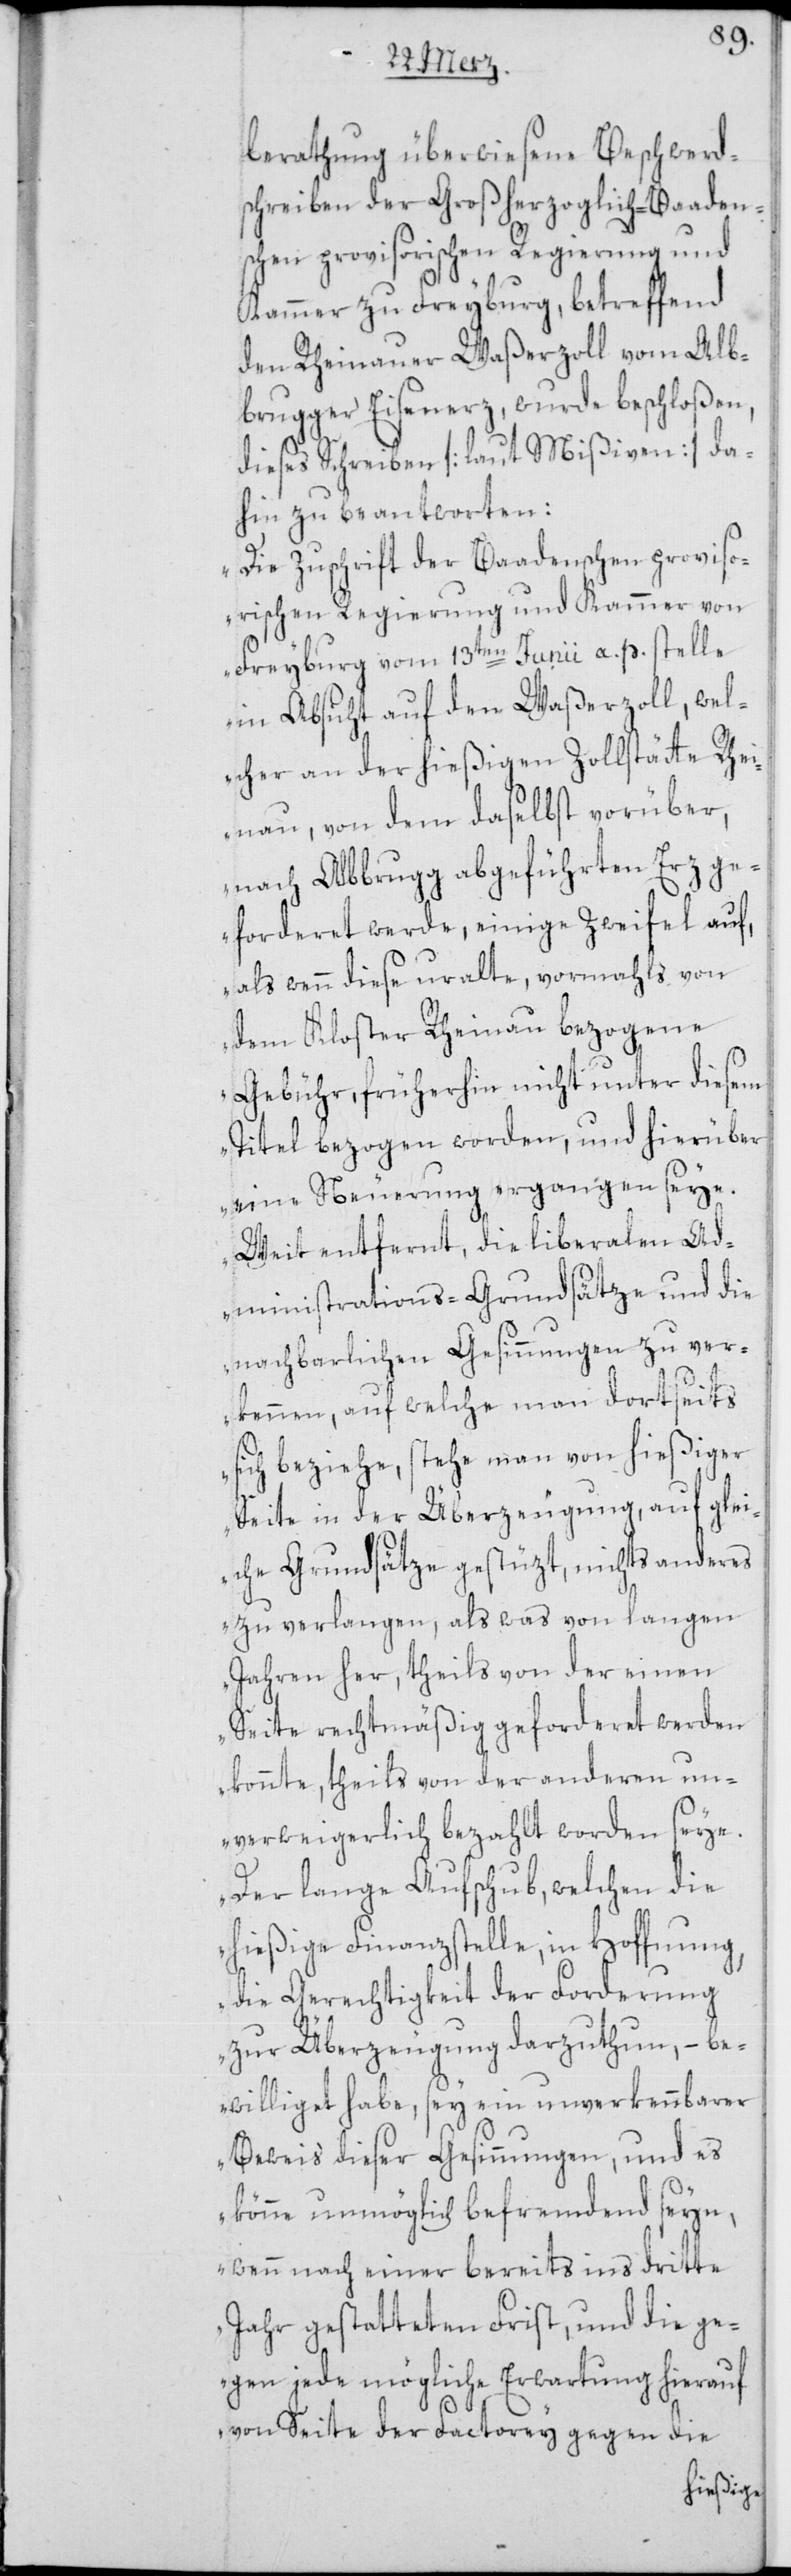
berathung überwiesene Beschwerd¬
schreiben der Großherzoglich-Baaden¬
schen provisorischen Regierung und
Kammer zu Freyburg, betreffend
den Rheinauer Waßerzoll vom Alb¬
brugger Eisenerz, wurde beschloßen,
dieses Schreiben [laut Mißiven] da¬
hin zu beantworten:
„Die Zuschrift der Baadenschen proviso¬
rischen Regierung und Kammer von
Freyburg vom 13ten Junii a. p. stelle
in Absicht auf den Waßerzoll, wel¬
cher an der hießigen Zollstätte Rhei¬
nau, von dem daselbst vorüber,
nach Albbrugg abgeführten Erz ge¬
forderet werde, einige Zweifel auf,
als wenn diese uralte, vormahls von
dem Kloster Rheinau bezogene
Gebühr, früherhin nicht unter diesem
Titel bezogen worden, und hierüber
eine Neuerung ergangen seye.
Weit entfernt, die liberalen Ad¬
ministrations-Grundsätze und die
nachbarlichen Gesinnungen zu ver¬
kennen, auf welche man dortseits
sich beziehe, stehe man vor hießiger
Seite in der Überzeugung, auf glei¬
che Grundsätze gestüzt, nichts anderes
zu verlangen, als was von langen
Jahren her, theils von der einen
Seite rechtmäßig geforderet werden
könnte, theils von der anderen un¬
verweigerlich bezahlt worden seye.
Der lange Aufschub, welchen die
hießige Finanzstelle, in Hoffnung,
die Gerechtigkeit der Forderung
zur Überzeugung darzuthun, – be¬
williget habe, sey ein unverkennbarer
Beweis dieser Gesinnungen, und es
könne unmöglich befremdend seyn,
wenn nach einer bereits ins dritte
Jahr gestatteten Frist, und die ge¬
gen jede mögliche Erwartung hierauf
von Seite der Factorey gegen die